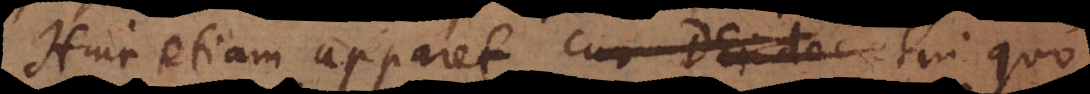
Hinc etiam apparet cur Dei dec in quo